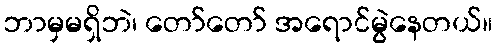
ဘာမှမရှိဘဲ၊ တော်တော် အရောင်မွဲနေတယ်။